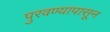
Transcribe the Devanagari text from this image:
पुरवण्यापासून